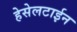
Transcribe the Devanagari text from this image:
हेसेलटाईन